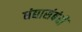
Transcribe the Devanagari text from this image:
धंद्यासंबंधीं